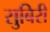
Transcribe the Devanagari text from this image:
सुबिरी